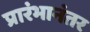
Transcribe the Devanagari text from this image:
प्रारंभानंतर